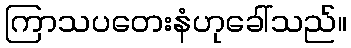
ကြာသပတေးနံဟုခေါ်သည်။